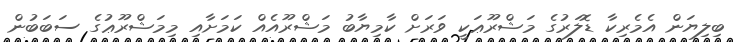
ބިލިޔަން އެމެރިކާ ޑޮލަރުގެ މަޝްރޫޢަކީ ވަރަށް ކާމިޔާބު މަޝްރޫއެއް ކަމަށާއި މިމަޝްރޫޢުގެ ސަބަބުން